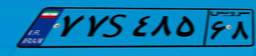
۶۳S۷۰۶۶۲